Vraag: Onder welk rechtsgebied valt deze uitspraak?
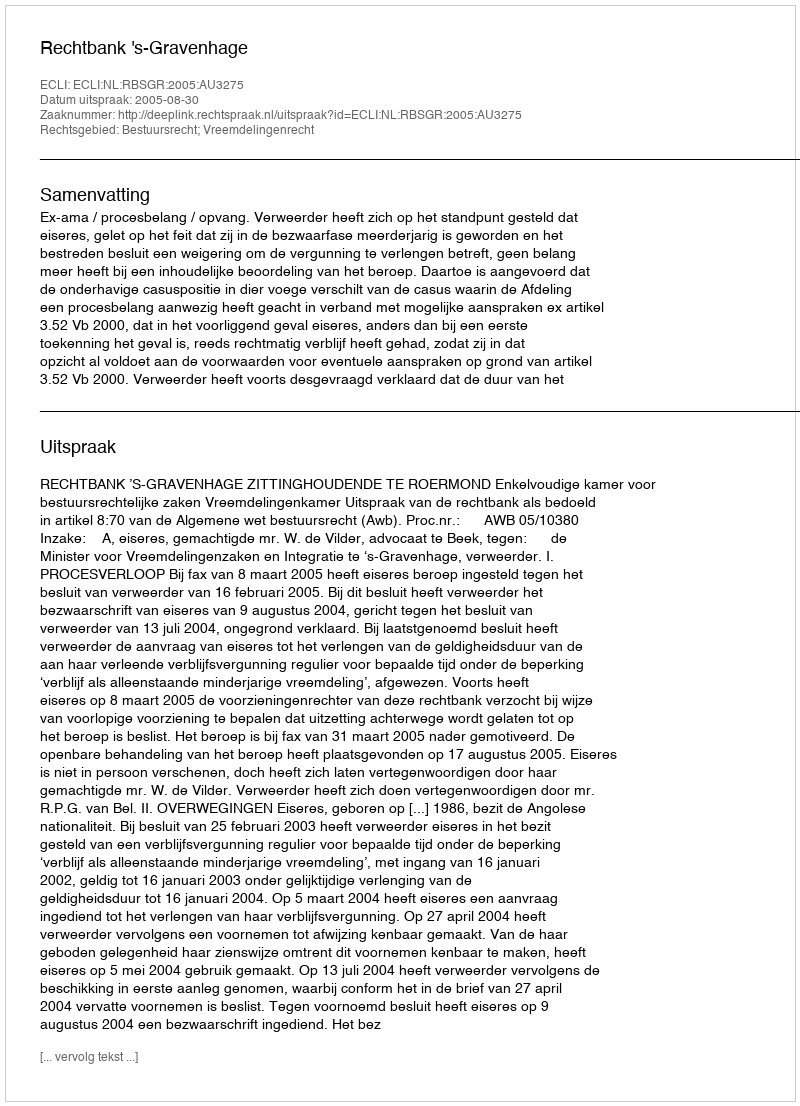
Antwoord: Bestuursrecht; Vreemdelingenrecht